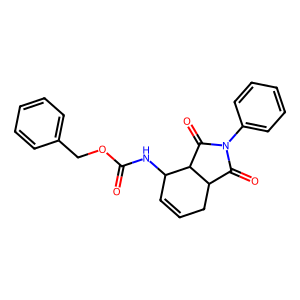
SMILES: O=C(NC1C=CCC2C(=O)N(c3ccccc3)C(=O)C12)OCc1ccccc1
Inhibits HIV replication: No